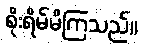
စိုးရိမ်မိကြသည်။